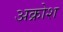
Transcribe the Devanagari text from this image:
अक्रोश